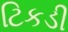
ટિકડી